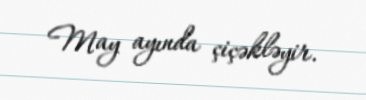
May ayında çiçəkləyir.